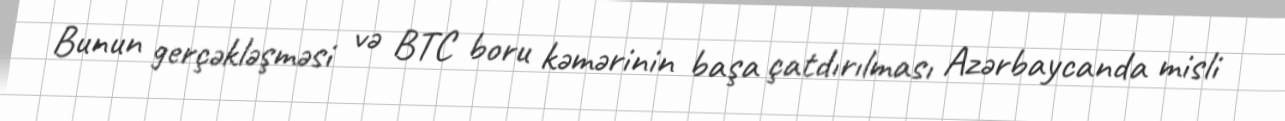
Bunun gerçəkləşməsi və BTC boru kəmərinin başa çatdırılması Azərbaycanda misli